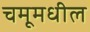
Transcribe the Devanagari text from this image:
चमूमधील